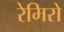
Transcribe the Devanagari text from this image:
रेमिरो